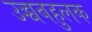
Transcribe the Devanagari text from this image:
उच्चबहुलक